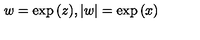
w = \exp { ( z ) } , | w | = \exp { ( x ) }